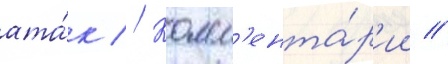
ата́к // Комм'ента́р'ии //